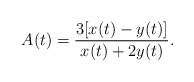
\begin{align*}A(t) = \frac{3[x(t) - y(t)]}{x(t) + 2 y(t)}.\end{align*}